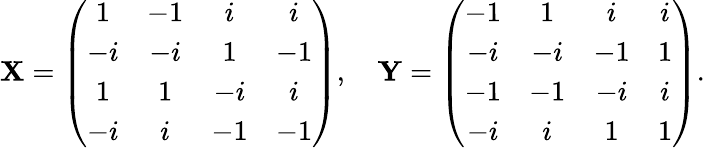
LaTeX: \mathbf{X}=\left(\begin{array}{cccc}{{1}}&{{-1}}&{{i}}&{{i}}\\ {{-i}}&{{-i}}&{{1}}&{{-1}}\\ {{1}}&{{1}}&{{-i}}&{{i}}\\ {{-i}}&{{i}}&{{-1}}&{{-1}}\end{array}\right),\quad\mathbf{Y}=\left(\begin{array}{cccc}{{-1}}&{{1}}&{{i}}&{{i}}\\ {{-i}}&{{-i}}&{{-1}}&{{1}}\\ {{-1}}&{{-1}}&{{-i}}&{{i}}\\ {{-i}}&{{i}}&{{1}}&{{1}}\end{array}\right).